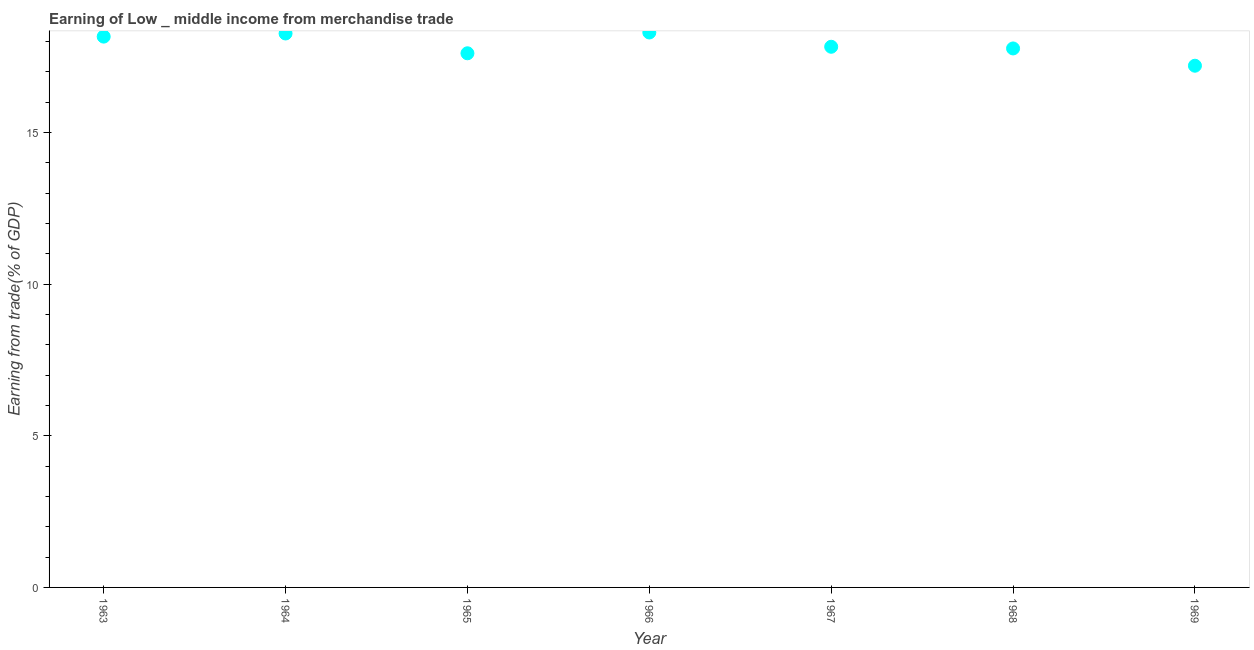
| Year | Merchandise trade |
 | --- | --- |
 | 1963 | 18.2 |
 | 1964 | 18.3 |
 | 1965 | 17.6 |
 | 1966 | 18.3 |
 | 1967 | 17.8 |
 | 1968 | 17.8 |
 | 1969 | 17.2 |